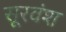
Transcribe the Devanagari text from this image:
सूरवंश